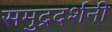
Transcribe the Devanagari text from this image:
समुद्रदर्शनी